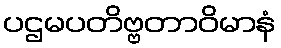
ပဌမပတိဗ္ဗတာဝိမာနံ